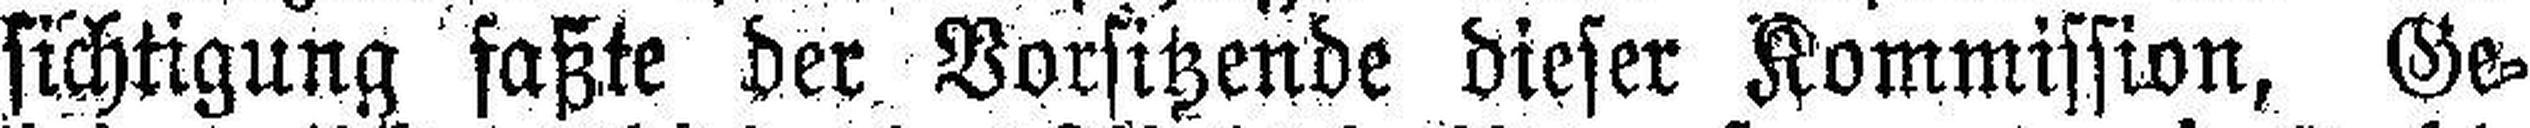
sichtigung faßte der Vorsitzende dieser Kommission, Ge¬